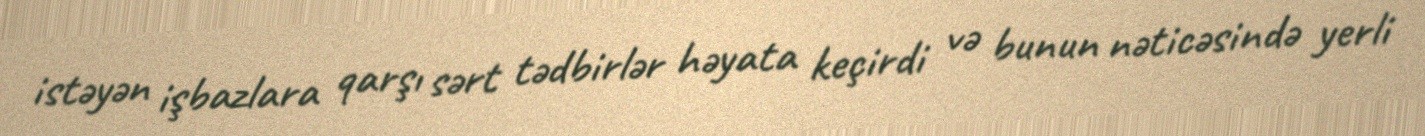
istəyən işbazlara qarşı sərt tədbirlər həyata keçirdi və bunun nəticəsində yerli